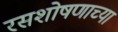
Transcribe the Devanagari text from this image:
रसशोषणाच्या